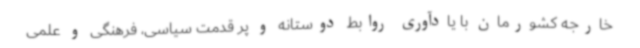
خارجه کشورمان با یادآوری روابط دوستانه و پر قدمت سیاسی، فرهنگی و علمی